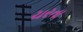
ચરતા